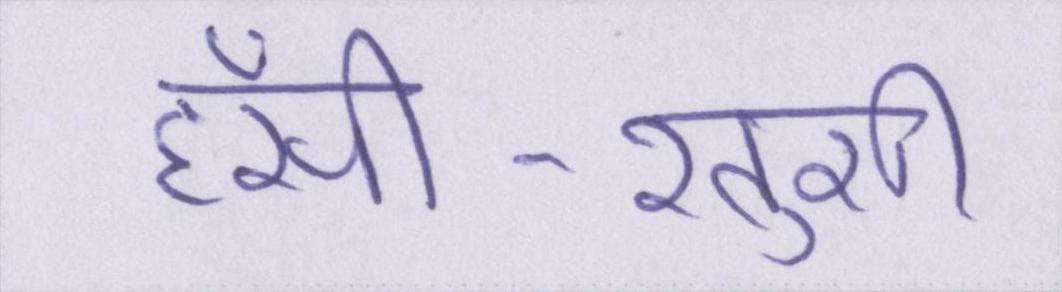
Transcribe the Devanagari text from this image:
हँसी-खुशी